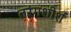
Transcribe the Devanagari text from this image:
तरंगशीर्श